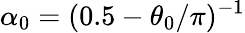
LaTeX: \alpha_{0}=(0.5-\theta_{0}/\pi)^{-1}